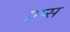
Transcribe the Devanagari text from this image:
ग्रप्स